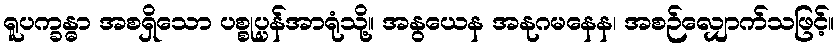
ရူပက္ခန္ဓာ အစရှိသော ပစ္စုပ္ပန်အာရုံသို့။ အနွယေန အနုဂမနေန၊ အစဉ်လျှောက်သဖြင့်။